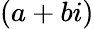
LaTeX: (a+bi)